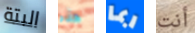
البتة هذه ربما أنت